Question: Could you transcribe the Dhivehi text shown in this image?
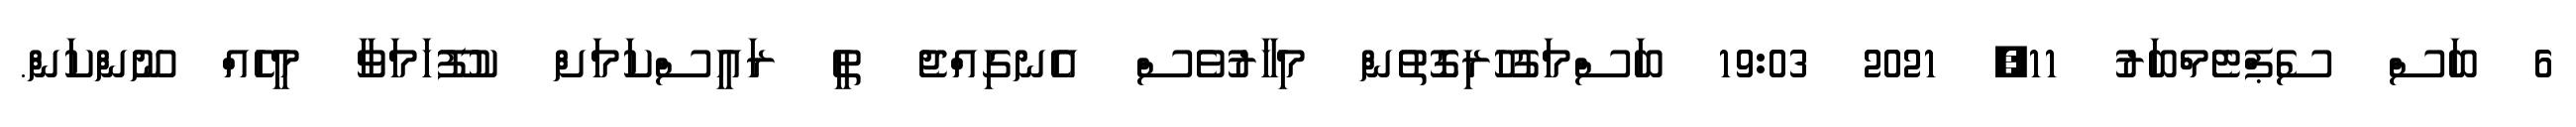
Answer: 6 ބަސް ސެޕްޓެމްބަރު 11, 2021 19:03 ބަސްމަގުހުރިގޮތުން މިހާރުވެސް އެނގިއްޖެ ތީ ރައީސްކަމަށް ކުފޫހަމަވާ މީހެއް ނޫންކަން.